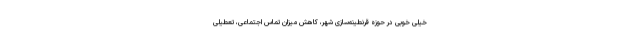
خیلی خوبی در حوزه قرنطینه‌سازی شهر، کاهش میزان تماس اجتماعی، تعطیلی